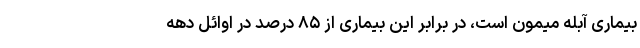
بیماری آبله میمون است، در برابر این بیماری از ۸۵ درصد در اوائل دهه